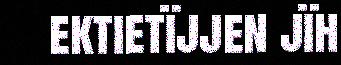
ektietïjjen jïh